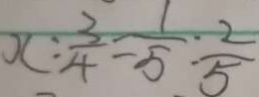
x : \frac { 3 } { 4 } = \frac { 1 } { 5 } : \frac { 2 } { 5 }